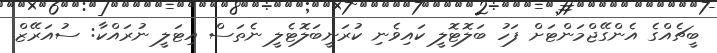
ބީޗެއްގެ އެންގޭޖްމަންޓަށް ފަހު ބަލޮޓޮލީ ކައިވެނި ކުރަނީބަލޮޓެލީ ނެތަސް އިޓަލީ ނުރައްކާ: ސުއަރޭޒް